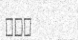
١٩٤